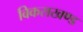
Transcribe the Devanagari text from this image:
विकसखण्ड